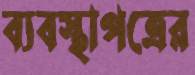
ব্যবস্থাপত্রের